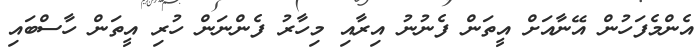
އެންމެފަހުން އޭނާއަށް އީތަން ފެނުނު އިރާއި މިހާރު ފެންނަން ހުރި އީތަން ހާސްބައި